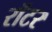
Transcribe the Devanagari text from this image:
रॉटर